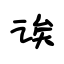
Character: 诶